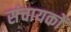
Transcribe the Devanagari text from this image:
संचायकों